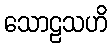
သောဠသဟိ